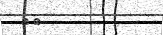
١٣